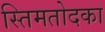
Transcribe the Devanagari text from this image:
स्तिमतोदका